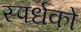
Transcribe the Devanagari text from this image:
स्पर्धको